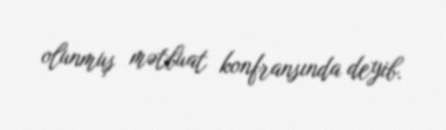
olunmuş mətbuat konfransında deyib.